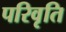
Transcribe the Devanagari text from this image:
परिवृति